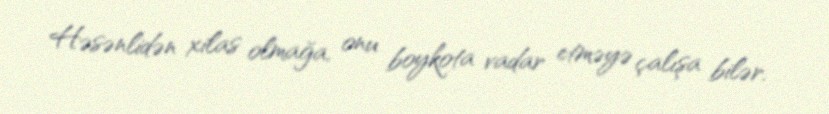
Həsənlidən xilas olmağa, onu boykota vadar etməyə çalışa bilər.